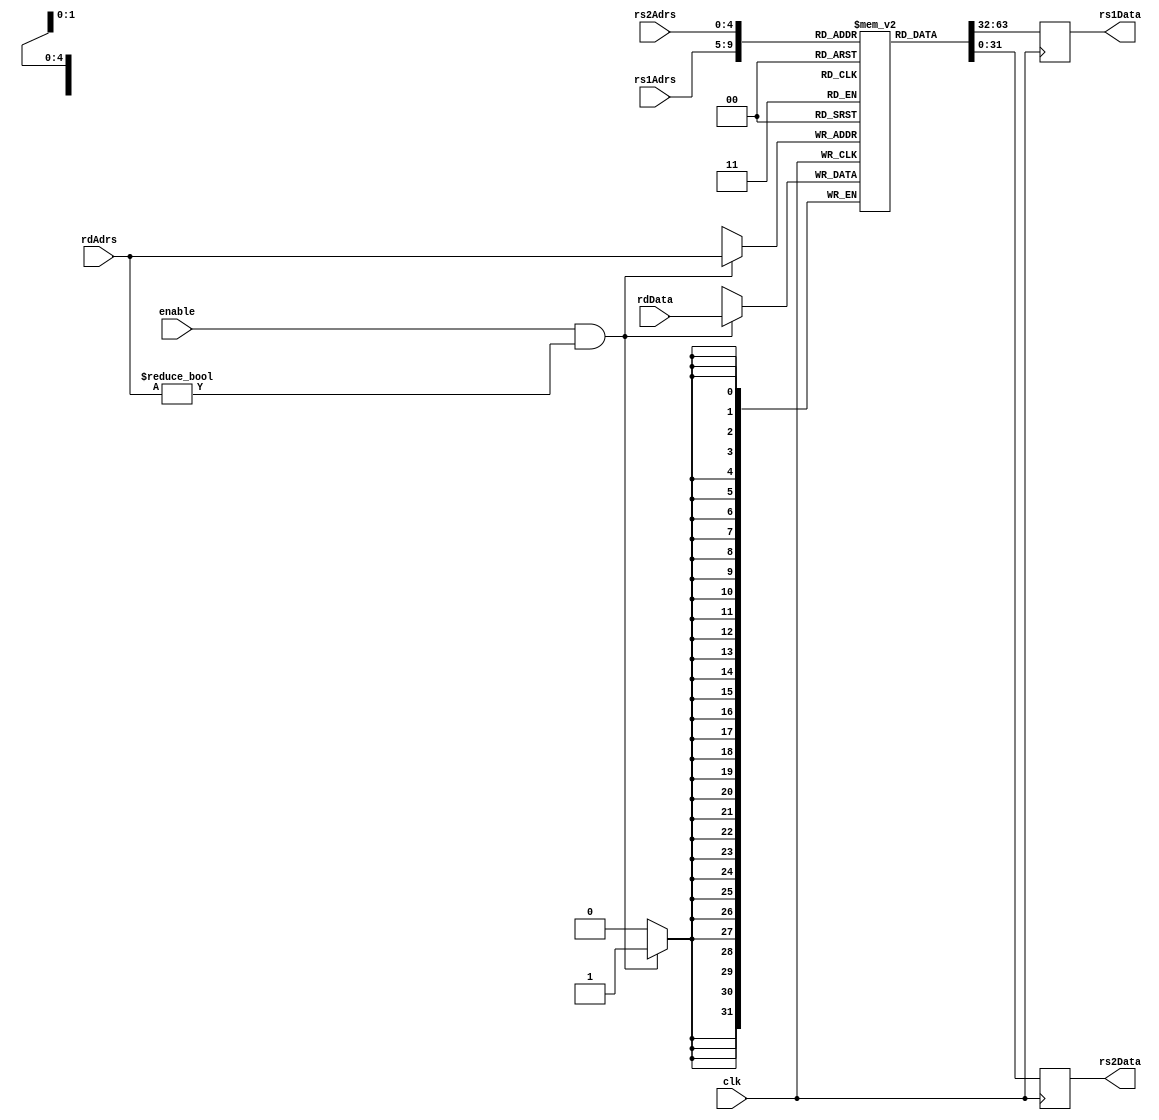
module regfile (
    input enable,
    input [4:0] rdAdrs,
    input [31:0] rdData,
    input [4:0] rs1Adrs,
    input [4:0] rs2Adrs,
    input clk,
    output reg [31:0] rs1Data,
    output reg [31:0] rs2Data
);

  reg [31:0] registers [0:31];

  always @(posedge clk) begin
    if (enable && (rdAdrs != 5'b00000)) begin
      registers[rdAdrs] <= rdData;
    end
    rs1Data <= registers[rs1Adrs]; 
    rs2Data <= registers[rs2Adrs];
  end

endmodule